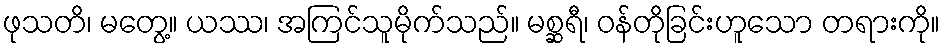
ဖုသတိ၊ မတွေ့။ ယဿ၊ အကြင်သူမိုက်သည်။ မစ္ဆရီ၊ ဝန်တိုခြင်းဟူသော တရားကို။